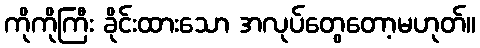
ကိုကိုကြီး ခိုင်းထားသော အလုပ်တွေတော့မဟုတ်။